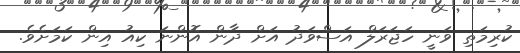
ކުރިމަތި ވަނީ ހަޖަރަލް އަސްވަދު އަށް ދާން އޮންނަ ކިއު އިން ކަމަށެވެ.